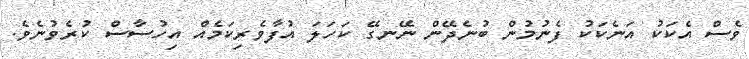
ވެސް އެކަކު އަނެކަކު ފެނުމުން ބުނެދޭން ނޭނގޭ ކަހަލަ އުފާވެރިކަމެއް އިހުސާސް ކުރެވުނެވެ.